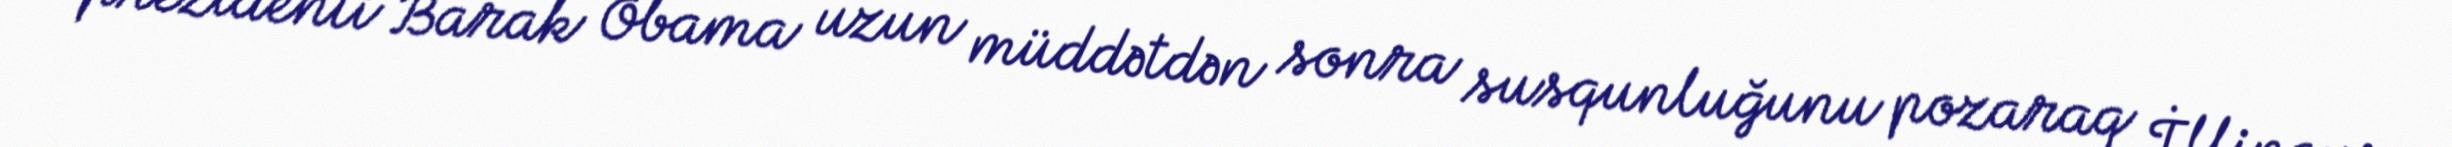
prezidenti Barak Obama uzun müddətdən sonra susqunluğunu pozaraq İllinoys